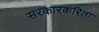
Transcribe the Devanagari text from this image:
सरकारकरिता